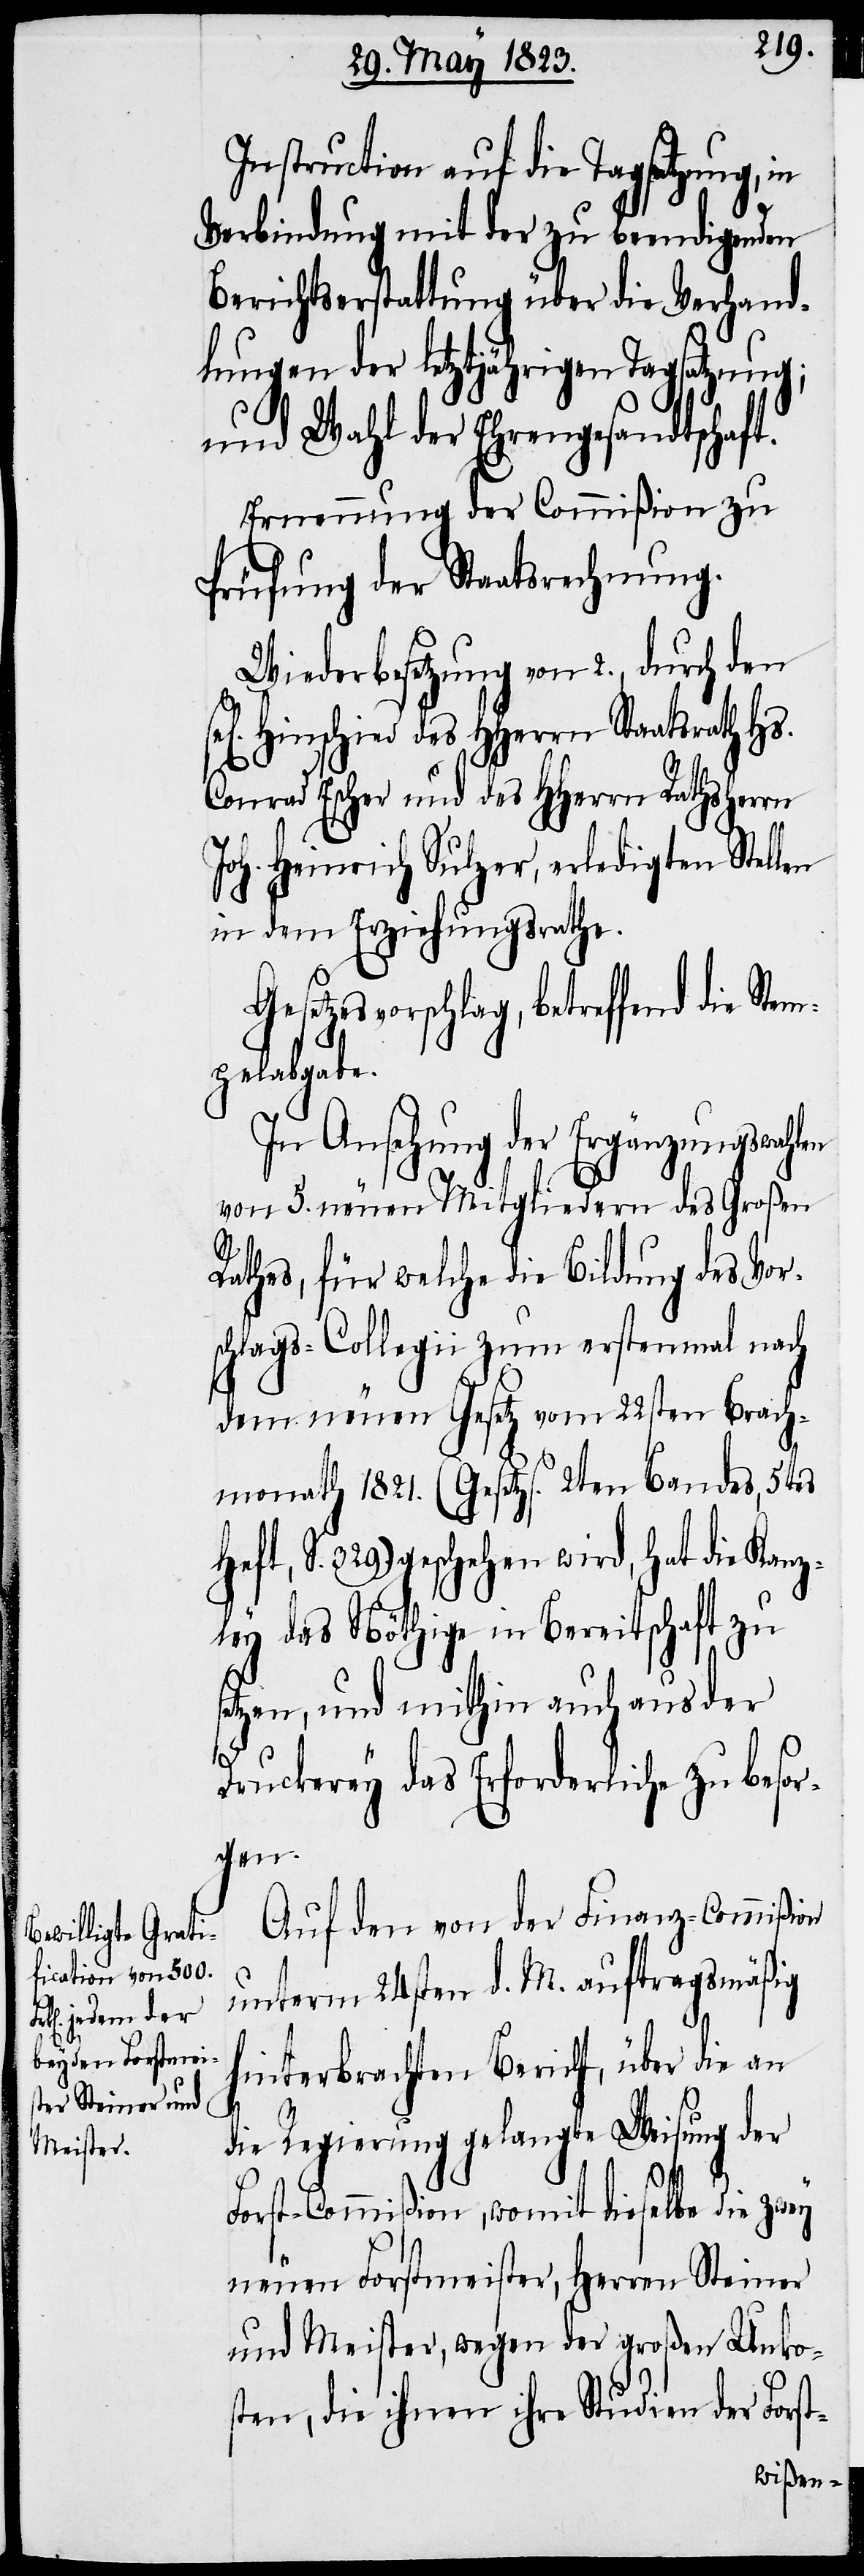
Instruction auf die Tagsatzung, in
Verbindung mit der zu beendigenden
Berichtserstattung über die Verhand¬
lungen der letztjährigen Tagsatzung;
und Wahl der Ehrengesandtschaft.
Ernennung der Commißion zu
Prüfung der Staatsrechnung.
Wiederbesetzung von 2., durch den
Hinschied des HHerrn Staatsrath H¬
Conrad Escher und des HHerrn Rathsherrn
Joh. Heinrich Sulzer, erledigten Stellen
in dem Erziehungsrathe.
Gesetzesvorschlag, betreffend die Stem¬
pelabgabe.
In Ansehung der Ergänzungswahlen
von 5. neuen Mitgliedern des Großen
Rathes, für welche die Bildung des Vor¬
schlags-Collegii zum erstenmal nach
dem neuen Gesetz vom 22sten Brach¬
monath 1821. (Gesetzs. 2ten Bandes, 5tes
S. 329.) geschehen wird, hat die Kanz¬
ley das Nöthige in Bereitschaft zu
setzen, und mithin auch aus der
t-
Druckerey das Erforderliche zu besor¬
gen.
Auf den von der Finanz-Commißion
unterm 24sten d. M. auftragsmäßig
hinterbrachten Bericht, über die an
die Regierung gelangte Weisung der
Forst-Commißion, womit dieselbe die zwey
neuen Forstmeister, Herren Steiner
und Meister, wegen der großen Unkos¬
ten, die ihnen ihre Studien der Fors¬